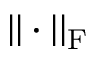
| | \cdot | | _ { \mathrm { F } }